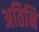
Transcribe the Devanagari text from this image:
अतिनि